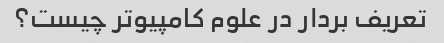
تعریف بردار در علوم کامپیوتر چیست؟